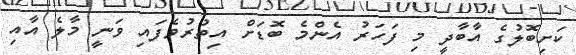
ކަށިބޮލުގެ އާބާދީ މި ފަހަަރު އެންމެ ބޮޑަށް އިތުރުވެފައި ވަނީ މާލެ އާއި